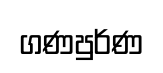
ගණපුර්ණ